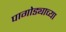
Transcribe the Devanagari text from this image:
पागोड्याच्या